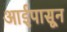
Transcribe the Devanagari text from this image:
आईपासून